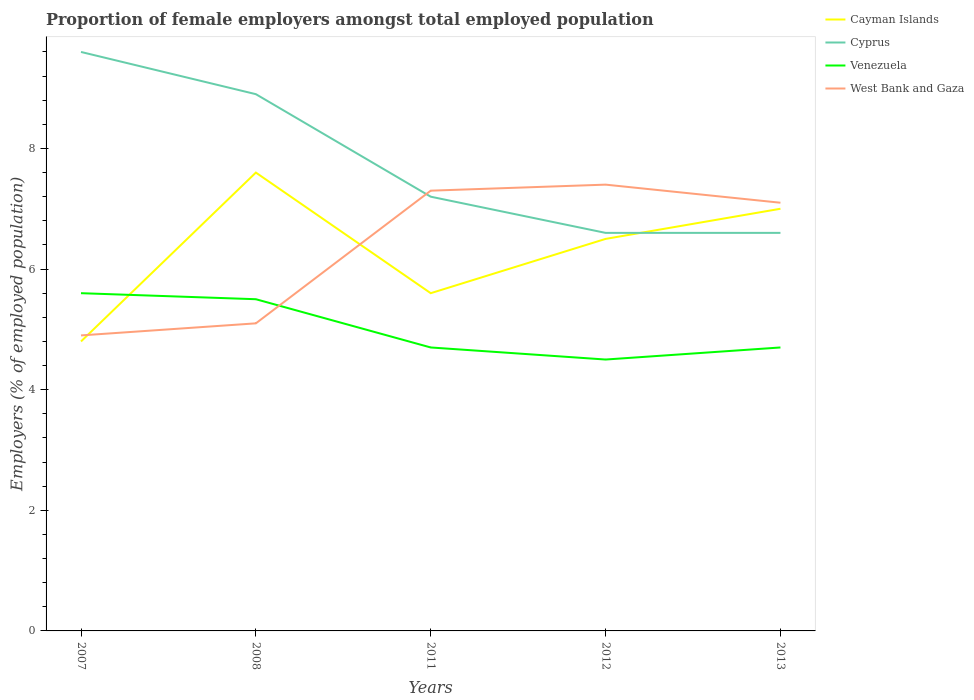
| Years | Cayman Islands | Cyprus | Venezuela | West Bank and Gaza |
 | --- | --- | --- | --- | --- |
 | 2007 | 4.8 | 9.6 | 5.6 | 4.9 |
 | 2008 | 7.6 | 8.9 | 5.5 | 5.1 |
 | 2011 | 5.6 | 7.2 | 4.7 | 7.3 |
 | 2012 | 6.5 | 6.6 | 4.5 | 7.4 |
 | 2013 | 7 | 6.6 | 4.7 | 7.1 |